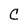
Character: C